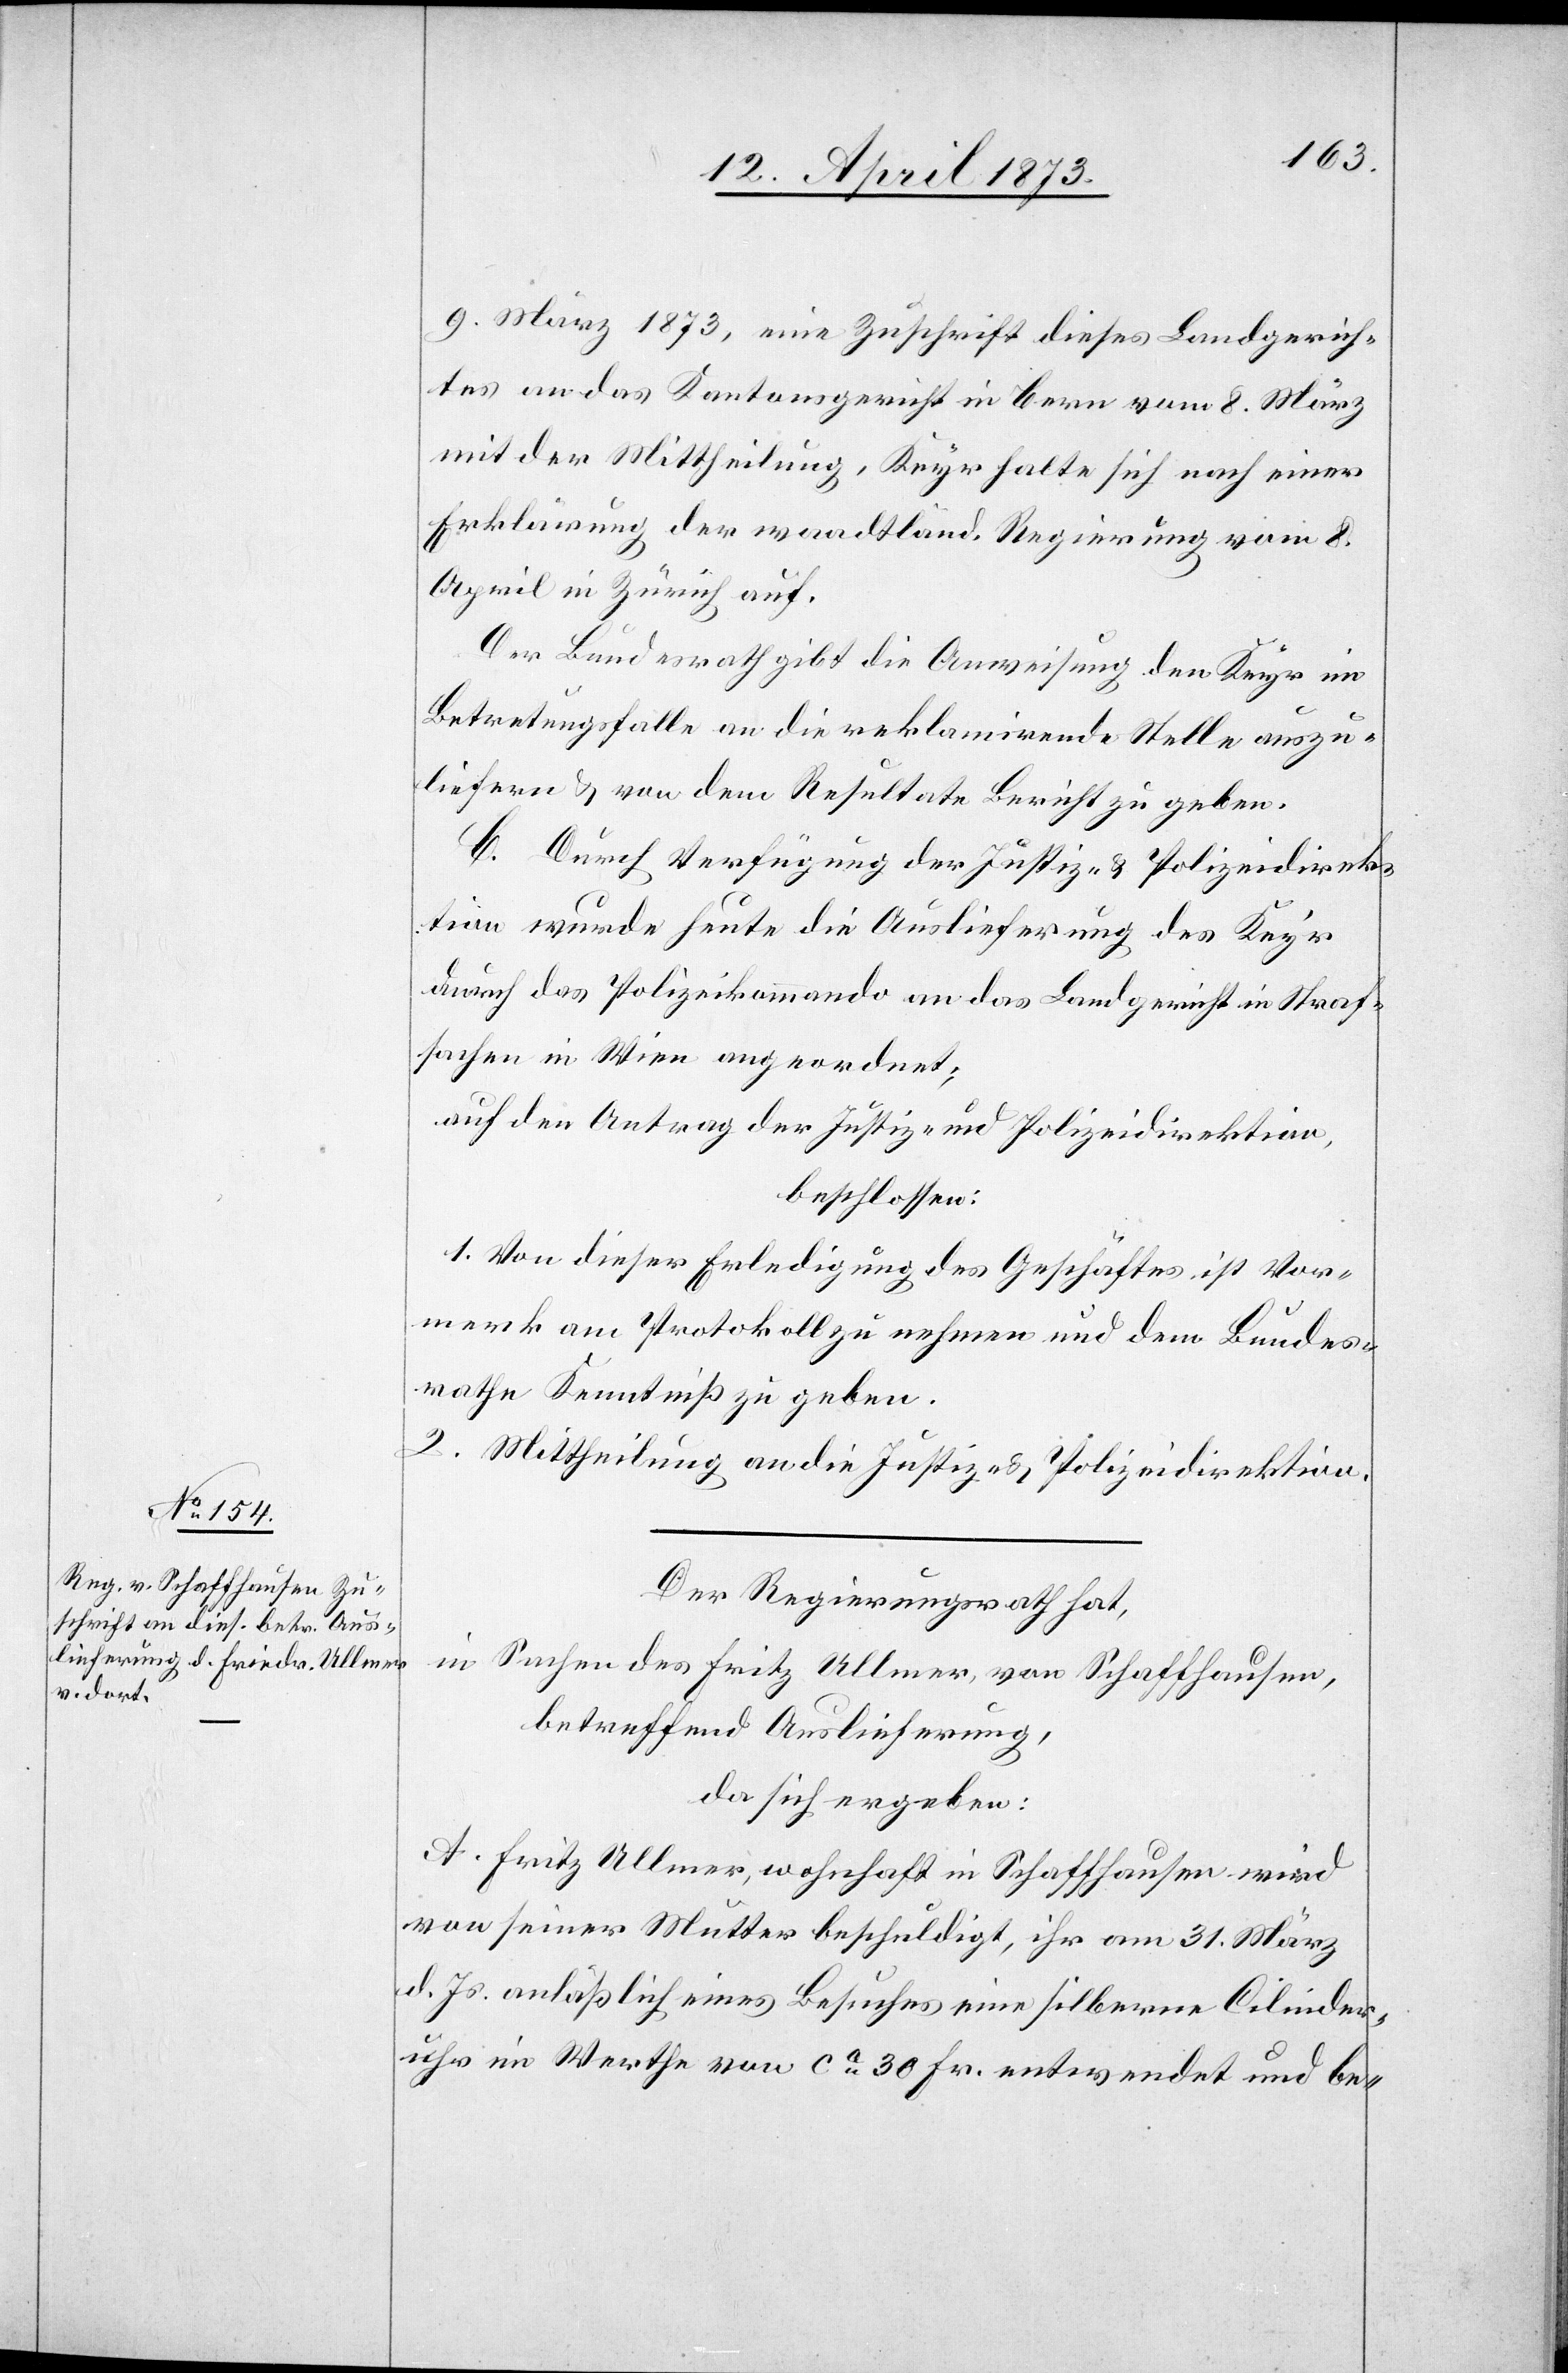
18. April 1873.]
9. März 1873, eine Zuschrift dieses Landgerich¬
tes an das Kantonsgericht in Bern vom 8. März
mit der Mittheilung, Keyr halte sich nach einer
Erklärung der waadtländ. Regierung vom 8.
April in Zürich auf.
Der Bundesrath gibt die Anweisung den Keyr im
Betretungsfalle an die reklamirende Stelle auszu¬
liefern & von dem Resultate Bericht zu geben.
C. Durch Verfügung der Justiz- & Polizeidirek¬
tion wurde heute die Auslieferung des Keyr
durch das Polizeikommando an das Landgericht in Straf¬
sachen in Wien angeordnet;
auf den Antrag der Justiz- und Polizeidirektion,
beschlossen:
1. Von dieser Erledigung des Geschäftes ist Vor¬
merk am Protokoll zu nehmen und dem Bundes¬
rathe Kenntniß zu geben.
2. Mittheilung an die Justiz- & Polizeidirektion.
Der Regierungsrath hat,
in Sachen des Fritz Ullmer, von Schaffhausen,
betreffend Auslieferung,
da sich ergeben:
A. Fritz Ullmer, wohnhaft in Schaffhausen wird
von seiner Mutter beschuldigt, ihr am 31. März
d. Js. anläßlich eines Besuches eine silberne Cilinder¬
uhr im Werthe von ca 30 Fr. entwendet und be-